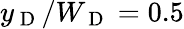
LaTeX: y_{\mathrm{~D~}}/W_{\mathrm{~D~}}=0.5